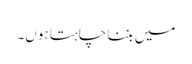
میں بننا چاہتا ہوں۔